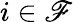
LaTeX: i\in\mathscr{F}